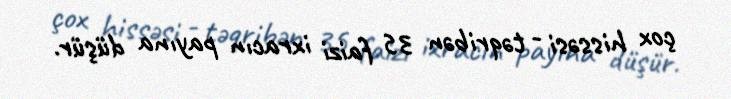
çox hissəsi - təqribən 35 faizi ixracın payına düşür.